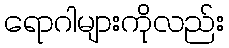
ရောဂါများကိုလည်း